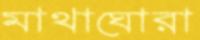
মাথাঘোরা